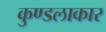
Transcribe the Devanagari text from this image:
कुण्डलाकार